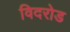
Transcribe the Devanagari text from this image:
विदरोड